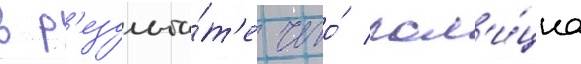
в р'езульта́т'е чего́ пол'и́циа